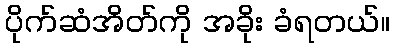
ပိုက်ဆံအိတ်ကို အခိုး ခံရတယ်။